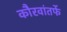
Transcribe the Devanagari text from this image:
कौरवांतर्फे